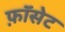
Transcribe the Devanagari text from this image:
फ़ॉसेट